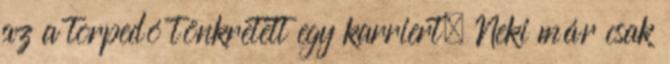
az a torpedó tönkretett egy karriert. Neki már csak